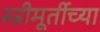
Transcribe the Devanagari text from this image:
स्त्रीमूर्तीच्या